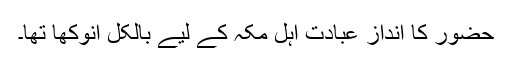
حضور کا انداز عبادت اہل مکہ کے لیے بالکل انوکھا تھا۔